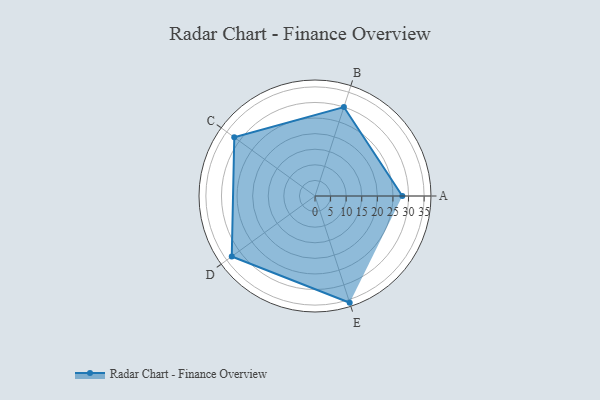
{"axis": {"x": "Skill", "y": "Score"}, "legend": ["Profile"], "data": [{"x": "A", "y": 28.0, "type": "Profile"}, {"x": "B", "y": 30.0, "type": "Profile"}, {"x": "C", "y": 32.0, "type": "Profile"}, {"x": "D", "y": 33.0, "type": "Profile"}, {"x": "E", "y": 36.0, "type": "Profile"}]}